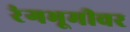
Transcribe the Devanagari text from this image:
रंंगभूमीवर